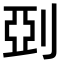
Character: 𠜲